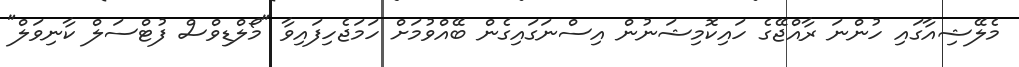
މެލޭޝިއާގައި ހުންނަ ރާއްޖޭގެ ހައިކޮމިޝަނުން އިސްނަގައިގެން ބޭއްވުމަށް ހަމަޖެހިފައިވާ "މޯލްޑިވްސް ފުޓްސަލް ކާނިވަލް"